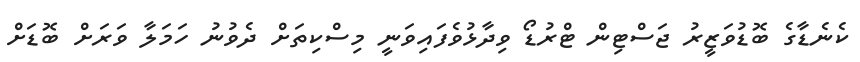
ކެނެޑާގެ ބޮޑުވަޒީރު ޖަސްޓިން ޓްރުޑޯ ވިދާޅުވެފައިވަނީ މިސްކިތަށް ދެވުނު ހަމަލާ ވަރަށް ބޮޑަށް